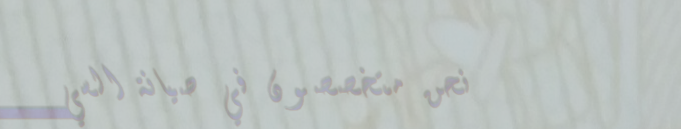
نحن متخصصون في صيانة السي